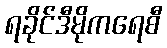
ရခိုင်ဒီမိုကရေစီ